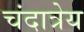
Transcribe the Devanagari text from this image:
चंदात्रेय